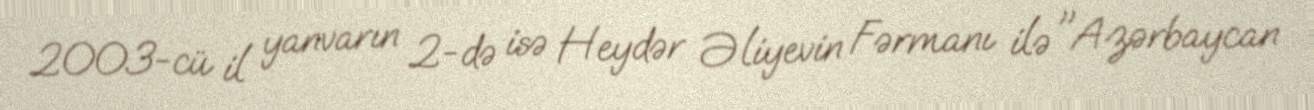
2003-cü il yanvarın 2-də isə Heydər Əliyevin Fərmanı ilə "Azərbaycan